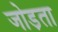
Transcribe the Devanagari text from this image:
जोड़ता